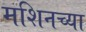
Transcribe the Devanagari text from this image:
मशिनच्या